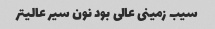
سیب زمینی عالی بود نون سیر عالیتر